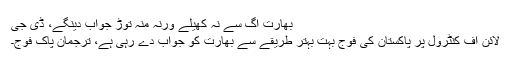
بھارت آگ سے نہ کھیلے ورنہ منہ توڑ جواب دینگے، ڈی جی
لائن آف کنٹرول پر پاکستان کی فوج بہت بہتر طریقے سے بھارت کو جواب دے رہی ہے، ترجمان پاک فوج۔